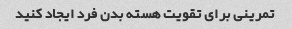
تمرینی برای تقویت هسته بدن فرد ایجاد کنید